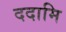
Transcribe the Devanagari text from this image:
ददामि